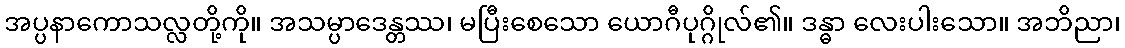
အပ္ပနာကောသလ္လတို့ကို။ အသမ္ပာဒေန္တဿ၊ မပြီးစေသော ယောဂီပုဂ္ဂိုလ်၏။ ဒန္ဓာ လေးပါးသော။ အဘိညာ၊